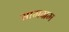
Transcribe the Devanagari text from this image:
सामग्रम